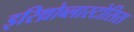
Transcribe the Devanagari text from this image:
इरिथ्रोब्लास्टोसिस